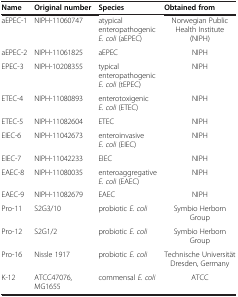
<table><thead><tr><td><b>Name</b></td><td><b>Original number</b></td><td><b>Species</b></td><td><b>Obtained from</b></td></tr></thead><tbody><tr><td>aEPEC-1</td><td>NIPH-11060747</td><td>atypical enteropathogenic <i>E. coli</i> (aEPEC)</td><td>Norwegian Public Health Institute (NIPH)</td></tr><tr><td>aEPEC-2</td><td>NIPH-11061825</td><td>aEPEC</td><td>NIPH</td></tr><tr><td>EPEC-3</td><td>NIPH-10208355</td><td>typical enteropathogenic <i>E. coli</i> (tEPEC)</td><td>NIPH</td></tr><tr><td>ETEC-4</td><td>NIPH-11080893</td><td>enterotoxigenic <i>E. coli</i> (ETEC)</td><td>NIPH</td></tr><tr><td>ETEC-5</td><td>NIPH-11082604</td><td>ETEC</td><td>NIPH</td></tr><tr><td>EIEC-6</td><td>NIPH-11042673</td><td>enteroinvasive <i>E. coli</i> (EIEC)</td><td>NIPH</td></tr><tr><td>EIEC-7</td><td>NIPH-11042233</td><td>EIEC</td><td>NIPH</td></tr><tr><td>EAEC-8</td><td>NIPH-11080035</td><td>enteroaggregative <i>E. coli</i> (EAEC)</td><td>NIPH</td></tr><tr><td>EAEC-9</td><td>NIPH-11082679</td><td>EAEC</td><td>NIPH</td></tr><tr><td>Pro-11</td><td>S2G3/10</td><td>probiotic <i>E. coli</i></td><td>Symbio Herborn Group</td></tr><tr><td>Pro-12</td><td>S2G1/2</td><td>probiotic <i>E. coli</i></td><td>Symbio Herborn Group</td></tr><tr><td>Pro-16</td><td>Nissle 1917</td><td>probiotic <i>E. coli</i></td><td>Technische Universität Dresden, Germany</td></tr><tr><td>K-12</td><td>ATCC47076, MG1655</td><td>commensal <i>E. coli</i></td><td>ATCC</td></tr></tbody></table>